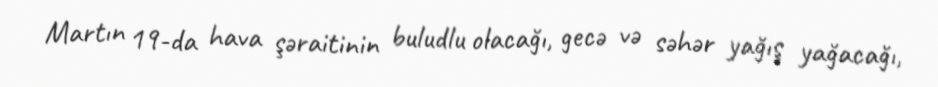
Martın 19-da hava şəraitinin buludlu olacağı, gecə və səhər yağış yağacağı,